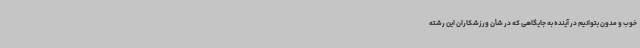
خوب و مدون بتوانیم در آینده به جایگاهی که در شأن ورزشکاران این رشته